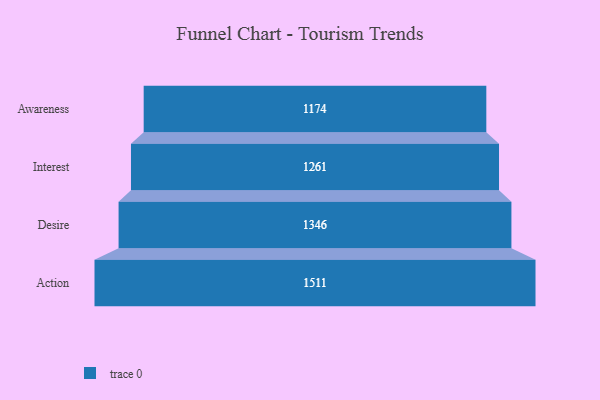
{"axis": {"x": "Stage", "y": "Value"}, "legend": [""], "data": [{"x": "Awareness", "y": 1174.0, "type": ""}, {"x": "Interest", "y": 1261.0, "type": ""}, {"x": "Desire", "y": 1346.0, "type": ""}, {"x": "Action", "y": 1511.0, "type": ""}]}